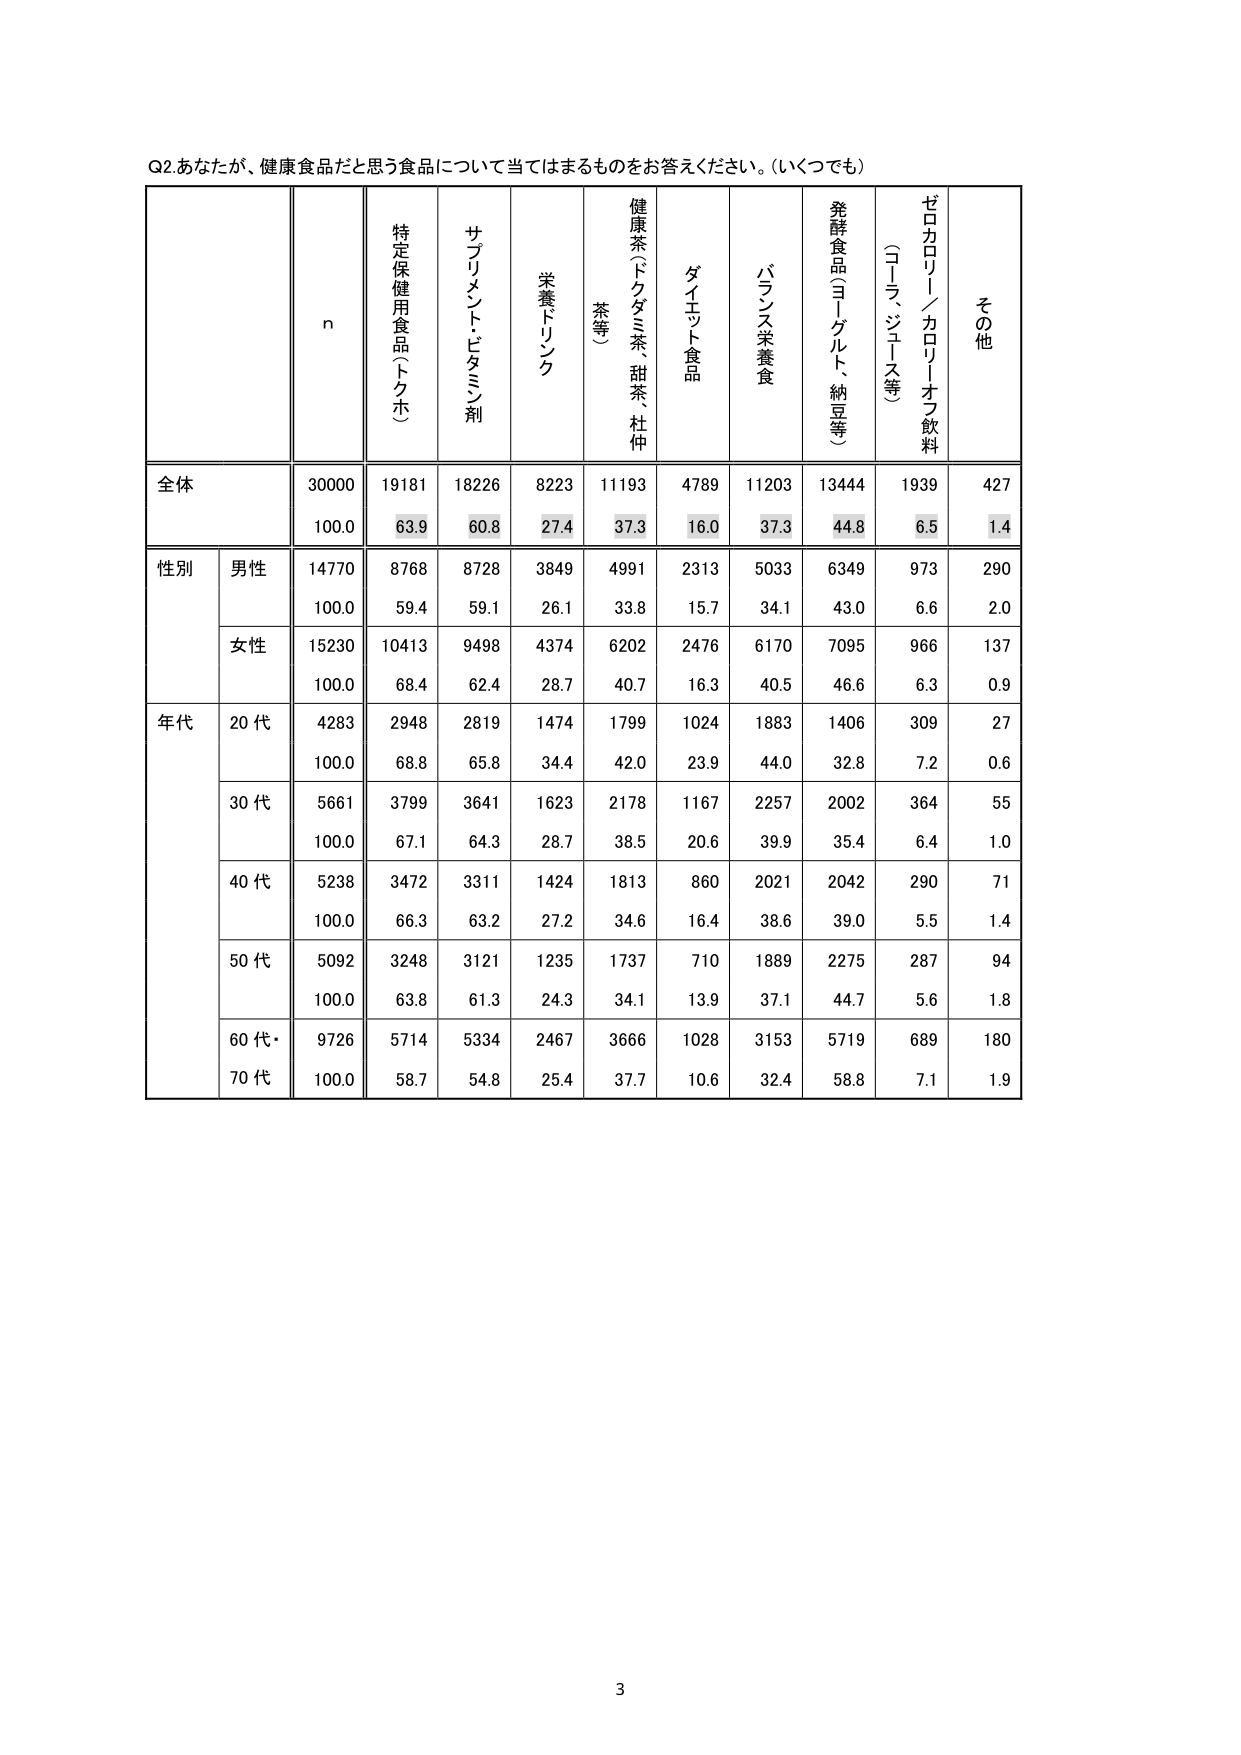
Q2.あなたが、健康食品だと思う食品について当てはまるものをお答えください。(いくつでも)

n
特定保健用食品(トクホ)
サプリメント・ビタミン剤
栄養ドリンク
健康茶(グダミ茶、甜茶、杜仲茶等)
ダイエット食品
バランス栄養食
発酵食品(ヨーグルト、納豆等)
ゼロカロリー／カロリーオフ飲料(コラ、ジーツ等)
その他

全体
30000
19181
18226
8223
11193
4789
11203
13444
1939
427
100.0
63.9
60.8
27.4
37.3
16.0
37.3
44.8
6.5
1.4

性別
男性
14770
8768
8728
3849
4991
2313
5033
6349
973
290
100.0
59.4
59.1
26.1
33.8
15.7
34.1
43.0
6.6
2.0

女性
15230
10413
9498
4374
6202
2476
6170
7095
966
137
100.0
68.4
62.4
28.7
40.7
16.3
40.5
46.6
6.3
0.9

年代
20代
4283
2948
2819
1474
1799
1024
1883
1406
309
27
100.0
68.8
65.8
34.4
42.0
23.9
44.0
32.8
7.2
0.6

30代
5661
3799
3641
1623
2178
1167
2257
2002
364
55
100.0
67.1
64.3
28.7
38.5
20.6
39.9
35.4
6.4
1.0

40代
5238
3472
3311
1424
1813
860
2021
2042
290
71
100.0
66.3
63.2
27.2
34.6
16.4
38.6
39.0
5.5
1.4

50代
5092
3248
3121
1235
1737
710
1889
2275
287
94
100.0
63.8
61.3
24.3
34.1
13.9
37.1
44.7
5.6
1.8

60代・70代
9726
5714
5334
2467
3666
1028
3153
5719
689
180
100.0
58.7
54.8
25.4
37.7
10.6
32.4
58.8
7.1
1.9

3